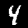
Label: 4